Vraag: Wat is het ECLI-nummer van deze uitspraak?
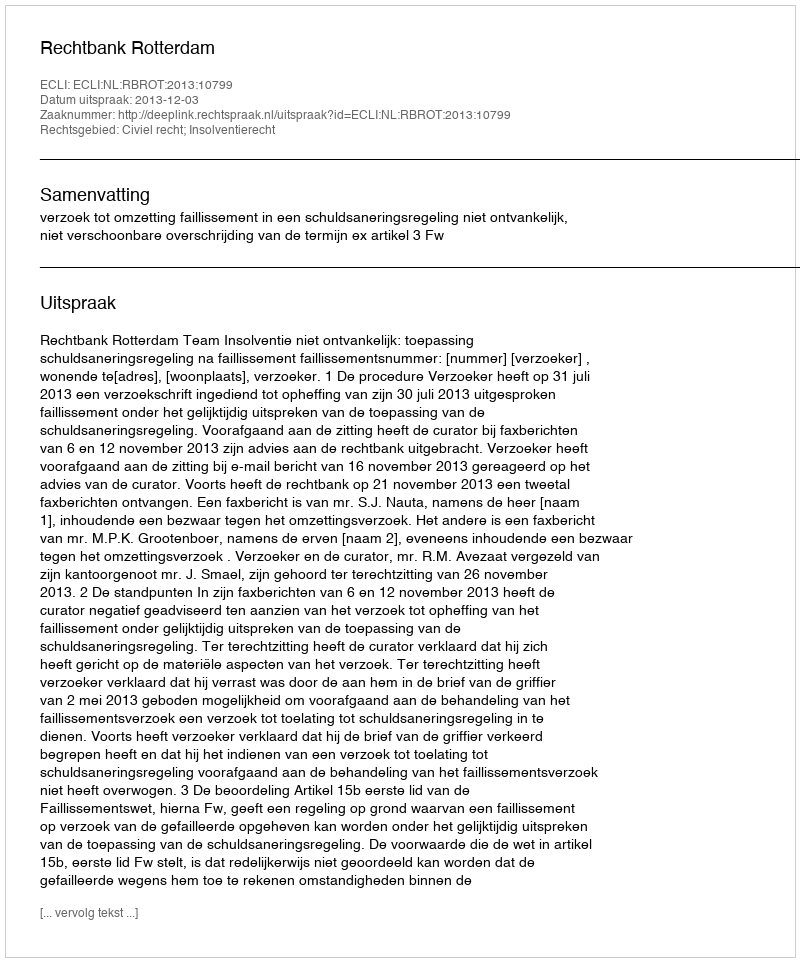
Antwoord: ECLI:NL:RBROT:2013:10799